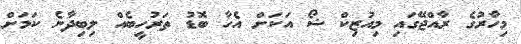
މިހާރުގެ ރާއްޖޭގައި މިއުޒިކް ޝޯ އަކަށް އެހާ ބޮޑު ތަރުހީބެއް ލިބިދާނެ ކަމަށް